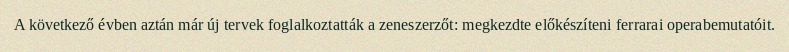
A következő évben aztán már új tervek foglalkoztatták a zeneszerzőt: megkezdte előkészíteni ferrarai operabemutatóit.